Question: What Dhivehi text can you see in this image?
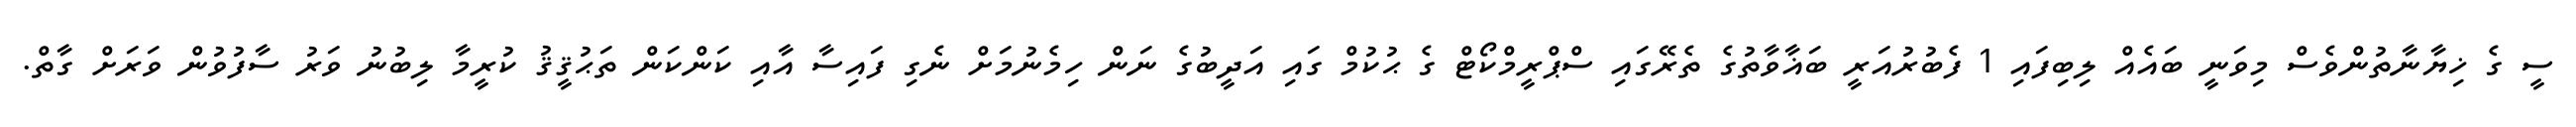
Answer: ސީ ގެ ޚިޔާނާތުންވެސް މިވަނީ ބައެއް ލިބިފައި 1 ފެބުރުއަރީ ބަޣާވާތުގެ ތެރޭގައި ސްޕްރީމްކޯޓް ގެ ޙުކުމް ގައި އަދީބުގެ ނަން ހިމެނުމަށް ނެގި ފައިސާ އާއި ކަންކަން ތަޙުޤީޤު ކުރީމާ ލިބުނު ވަރު ސާފުވުން ވަރަށް ގާތް.